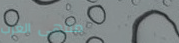
مقهى الغرب